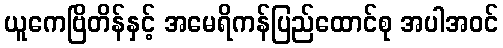
ယူကေဗြိတိန်နှင့် အမေရိကန်ပြည်ထောင်စု အပါအဝင်